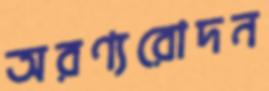
অরণ্যরোদন